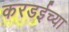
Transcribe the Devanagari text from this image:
करडईच्या